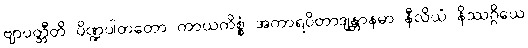
ဗျာပတ္တီတိ ပိဏ္ဍပါတတော ကာယကိစ္စံ အကာရပိတာဒျန္တာနမာ နီလိယံ နိဿဂ္ဂိယေ